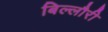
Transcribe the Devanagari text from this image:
बिल्लौरी